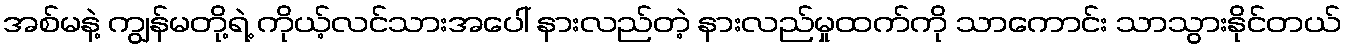
အစ်မနဲ့ ကျွန်မတို့ရဲ့ ကိုယ့်လင်သားအပေါ် နားလည်တဲ့ နားလည်မှုထက်ကို သာကောင်း သာသွားနိုင်တယ်